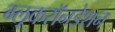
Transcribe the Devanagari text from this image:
ग्लूकरॉनडेशन